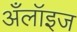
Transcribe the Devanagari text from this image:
अँलॉइज